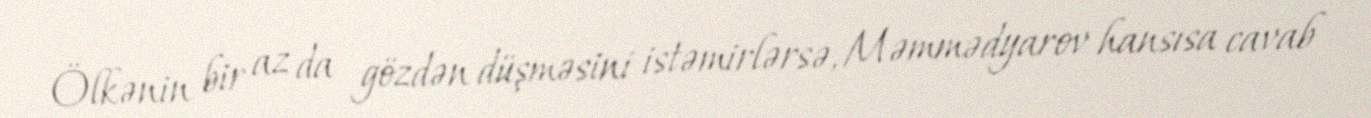
Ölkənin bir az da gözdən düşməsini istəmirlərsə, Məmmədyarov hansısa cavab